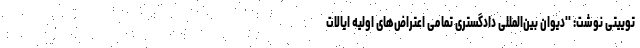
توییتی نوشت: ''دیوان بین‌المللی دادگستری تمامی اعتراض‌های اولیه ایالات